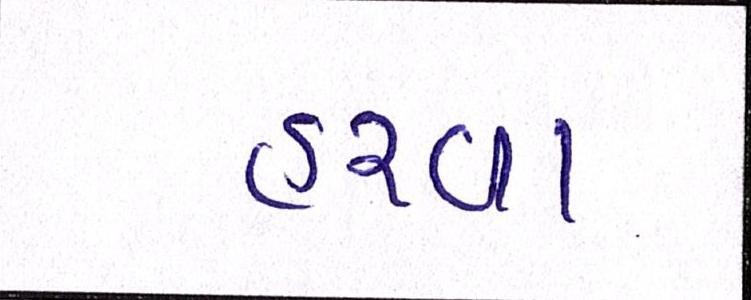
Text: હરવા